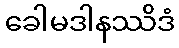
ခေါမဒါနဿိဒံ